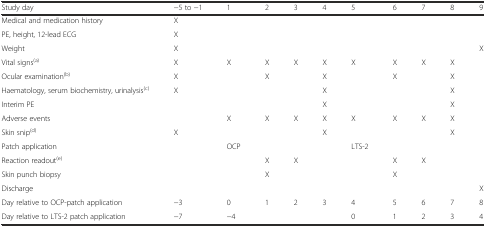
| Study day | −5 to −1 | 1 | 2 | 3 | 4 | 5 | 6 | 7 | 8 | 9 |
 | --- | --- | --- | --- | --- | --- | --- | --- | --- | --- | --- |
 | Medical and medication history | X |  |  |  |  |  |  |  |  |  |
 | PE, height, 12-lead ECG | X |  |  |  |  |  |  |  |  |  |
 | Weight | X |  |  |  |  |  |  |  |  | X |
 | Vital signs(a) | X | X | X | X | X | X | X | X | X |  |
 | Ocular examination(b) | X |  | X |  | X |  | X |  | X |  |
 | Haematology, serum biochemistry, urinalysis(c) | X |  |  |  | X |  |  |  | X |  |
 | Interim PE |  |  |  |  | X |  |  |  | X |  |
 | Adverse events |  | X | X | X | X | X | X | X | X |  |
 | Skin snip(d) | X |  |  |  | X |  |  |  | X |  |
 | Patch application |  | OCP |  |  |  | LTS-2 |  |  |  |  |
 | Reaction readout(e) |  |  | X | X |  |  | X | X |  |  |
 | Skin punch biopsy |  |  | X |  |  |  | X |  |  |  |
 | Discharge |  |  |  |  |  |  |  |  |  | X |
 | Day relative to OCP-patch application | −3 | 0 | 1 | 2 | 3 | 4 | 5 | 6 | 7 | 8 |
 | Day relative to LTS-2 patch application | −7 | −4 |  |  |  | 0 | 1 | 2 | 3 | 4 |